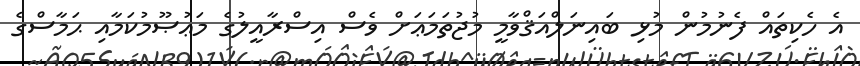
އެ ހެކިތައް ފެނުމުން މުޅި ބައިނަލްއަޤްވާމީ މުޖުތަމަޢަށް ވެސް އިސްރާއީލުގެ މަޢުޞޫމުކަމާއި ޙަމާސްގެ